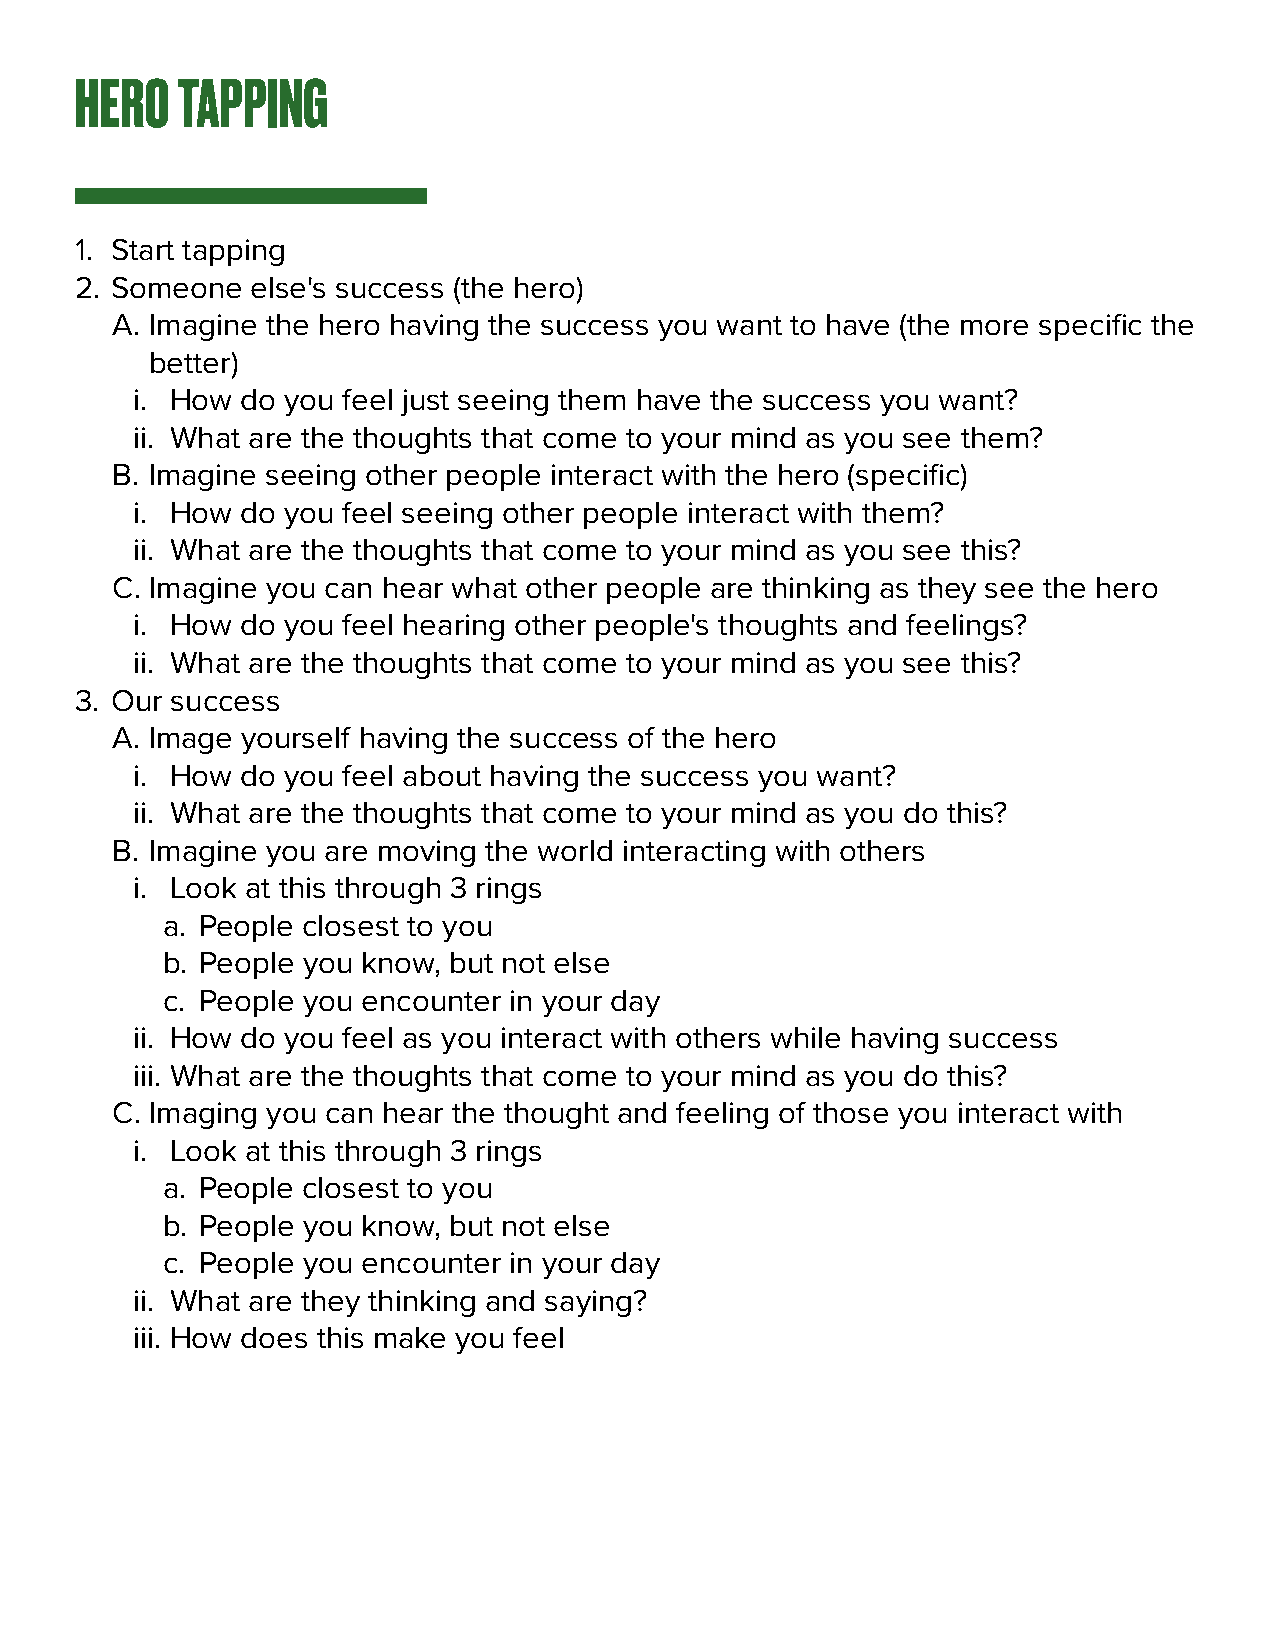
HERO   TAPPING
 1. Start tapping
 2. Someone  else's success (the hero)
 A. Imagine the hero having the success you want to have (the more specific the
 better)
 i. How do you feel just seeing them have the success you want?
 ii. What are the thoughts that come to your mind as you see them?
 B. Imagine seeing other people interact with the hero (specific)
 i. How do you feel seeing other people interact with them?
 ii. What are the thoughts that come to your mind as you see this?
 C. Imagine you can hear what other people are thinking as they see the hero
 i. How do you feel hearing other people's thoughts and feelings?
 ii. What are the thoughts that come to your mind as you see this?
 3. Our success
 A. Image yourself having the success of the hero
 i. How do you feel about having the success you want?
 ii. What are the thoughts that come to your mind as you do this?
 B. Imagine you are moving the world interacting with others
 i. Look at this through 3 rings
 a. People closest to you
 b. People you know, but not else
 c. People you encounter in your day
 ii. How do you feel as you interact with others while having success
 iii. What are the thoughts that come to your mind as you do this?
 C. Imaging you can hear the thought and feeling of those you interact with
 i. Look at this through 3 rings
 a. People closest to you
 b. People you know, but not else
 c. People you encounter in your day
 ii. What are they thinking and saying?
 iii. How does this make you feel